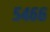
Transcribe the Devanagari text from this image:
५४६६